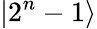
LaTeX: |2^{n}-1\rangle